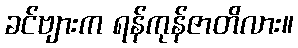
ခင်ဗျားက ရန်ကုန်ဇာတိလား။